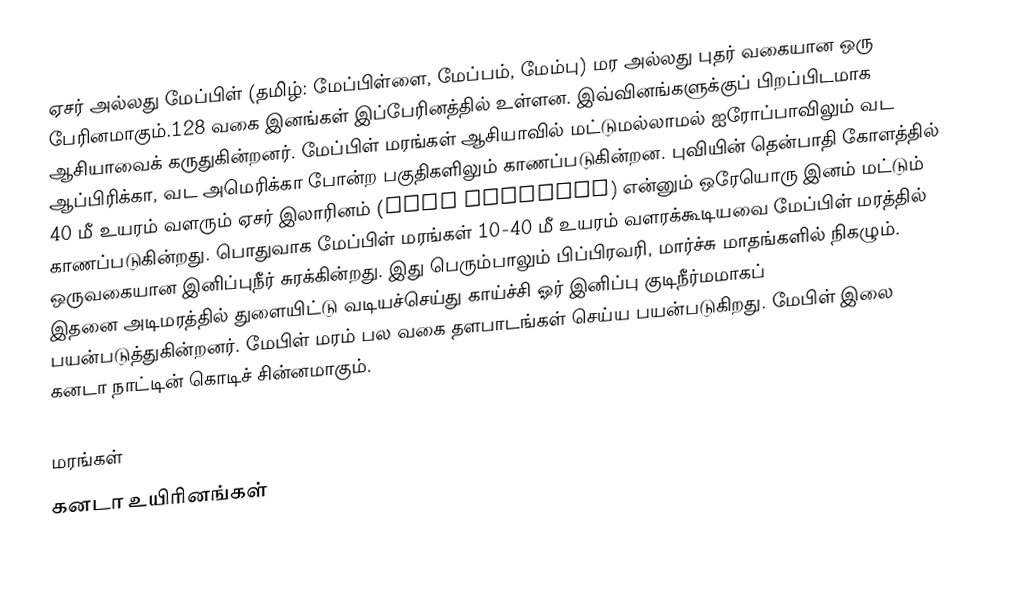
ஏசர் அல்லது மேப்பிள் (தமிழ்: மேப்பிள்ளை, மேப்பம், மேம்பு) மர அல்லது புதர் வகையான ஒரு பேரினமாகும்.128 வகை இனங்கள் இப்பேரினத்தில் உள்ளன. இவ்வினங்களுக்குப் பிறப்பிடமாக ஆசியாவைக் கருதுகின்றனர்.   மேப்பிள் மரங்கள் ஆசியாவில் மட்டுமல்லாமல் ஐரோப்பாவிலும் வட ஆப்பிரிக்கா, வட அமெரிக்கா போன்ற பகுதிகளிலும் காணப்படுகின்றன. புவியின் தென்பாதி கோளத்தில் 40 மீ உயரம் வளரும் ஏசர் இலாரினம் (Acer laurinum) என்னும் ஒரேயொரு இனம் மட்டும் காணப்படுகின்றது. பொதுவாக மேப்பிள் மரங்கள் 10-40 மீ உயரம் வளரக்கூடியவை   மேப்பிள் மரத்தில் ஒருவகையான இனிப்புநீர் சுரக்கின்றது. இது பெரும்பாலும் பிப்பிரவரி, மார்ச்சு மாதங்களில் நிகழும். இதனை அடிமரத்தில் துளையிட்டு வடியச்செய்து காய்ச்சி ஓர் இனிப்பு குடிநீர்மமாகப் பயன்படுத்துகின்றனர். மேபிள் மரம் பல வகை தளபாடங்கள் செய்ய பயன்படுகிறது. மேபிள் இலை கனடா நாட்டின் கொடிச் சின்னமாகும்.

மரங்கள்
கனடா உயிரினங்கள்